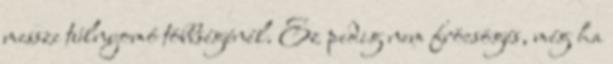
messze túlnyomó többségénél. Ez pedig nem fröcsögés, még ha